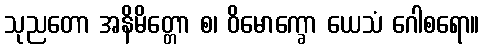
သုညတော အနိမိတ္တော စ၊ ဝိမောက္ခော ယေသံ ဂေါစရော။